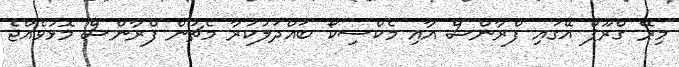
މިރޭ ގްރޫޕް އޭގައި ފްރާންސް އާއި މެކްސިކޯ ބައްދަލުކުރާ މެޗުން ފްރާންސް މޮޅުވެއްޖެ